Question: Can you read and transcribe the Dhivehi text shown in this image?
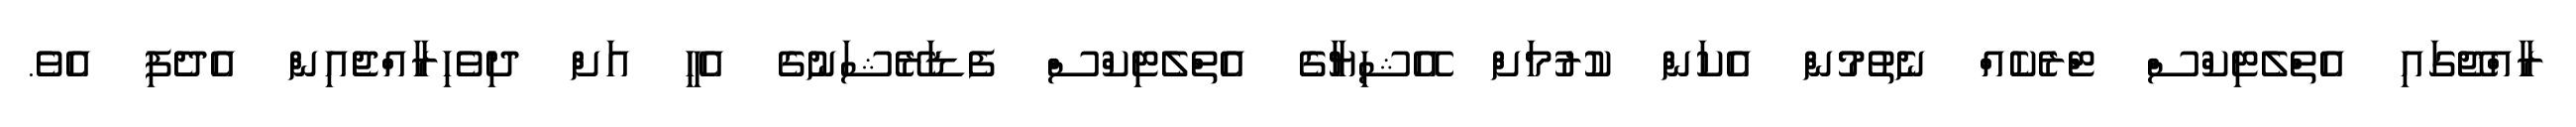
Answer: ރާއްޖޭގައި އެތްލެޓިކްސް ޓްރެކެއް ނެތުމުން އެކަން ކުރުމަށް އޭޝިޔާގެ އެތްލެޓިކްސް ފެޑަރޭޝަނުގެ އެހީ އަށް ދިވެހިރާއްޖެއިން އެދެފި އެވެ.